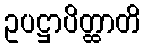
ဥပဋ္ဌာပိတ္ထာတိ